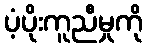
ပံ့ပိုးကူညီမှုကို